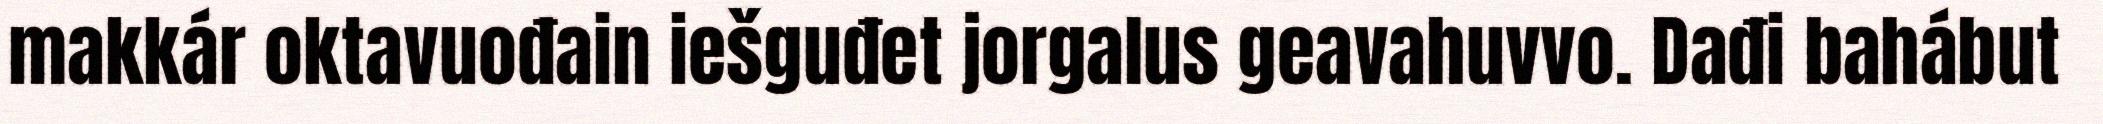
makkár oktavuođain iešguđet jorgalus geavahuvvo. Dađi bahábut